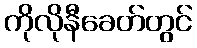
ကိုလိုနီခေတ်တွင်